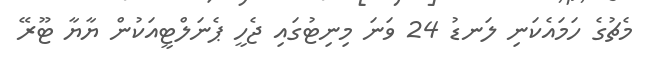
މެޗުގެ ހަމައެކަނި ލަނޑު 24 ވަނަ މިނިޓުގައި ޖެހީ ޕެނަލްޓީއަކުން ޔާޔާ ޓޫރޭ